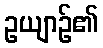
ဥယျာဉ်၏